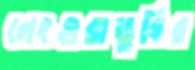
লেংগুরাডুবির